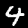
Digit: 4